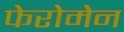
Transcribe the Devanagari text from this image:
फेरोमेन